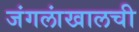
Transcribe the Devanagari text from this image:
जंगलांखालची